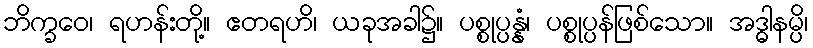
ဘိက္ခဝေ၊ ရဟန်းတို့။ ဧတရဟိ၊ ယခုအခါ၌။ ပစ္စုပ္ပန္နံ၊ ပစ္စုပ္ပန်ဖြစ်သော။ အဒ္ဓါနမ္ပိ၊